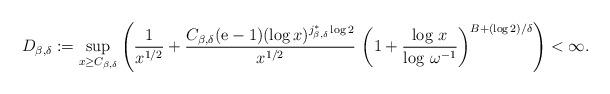
LaTeX: \begin{align*}D_{\beta,\delta}:=\sup_{x\ge C_{\beta,\delta}}\left(\frac1{x^{1/2}}+\frac{C_{\beta,\delta}(\mathrm{e}-1)(\log x)^{j^*_{\beta,\delta}\log 2}}{x^{1/2}}\,\left(1+\frac{\log\,x}{\log\,\omega^{-1}}\right)^{B+(\log 2)/\delta}\right)<\infty.\end{align*}